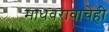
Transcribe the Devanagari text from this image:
माधवरावाचेही